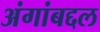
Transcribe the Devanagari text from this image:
अंगांबद्दल